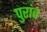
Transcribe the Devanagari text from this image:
पुरांव